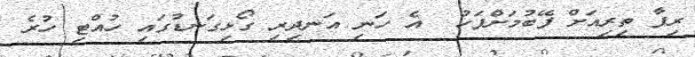
ރިފާ ތިރިއަށް ފޭބުމަށްފަހު  އެ ހަނި އަނދިރި ގޯޅިގަނޑުގައި ހުއްޓި ހުރެ